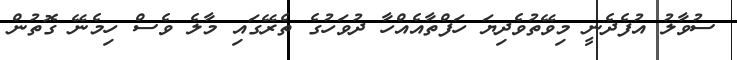
ސުވާލު އުފެދެނީ މިވޭތުވެދިޔަ ހަފްތާއެއްހާ ދުވަހުގެ ތެރޭގައި މާލެ ވެސް ހިމެނޭ ގޮތުން